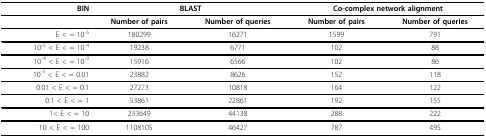
| BIN | <COLSPAN=2> BLAST | <COLSPAN=2> Co-complex network alignment |
 | --- | --- | --- | --- | --- |
 |  | Number of pairs | Number of queries | Number of pairs | Number of queries |
 | E < = 10-5 | 180299 | 16271 | 1599 | 791 |
 | 10-5 < E < = 10-4 | 19238 | 6771 | 102 | 88 |
 | 10-4 < E < = 10-3 | 15916 | 6566 | 102 | 86 |
 | 10-3 < E < = 0.01 | 23882 | 8626 | 152 | 118 |
 | 0.01 < E < = 0.1 | 27273 | 10818 | 164 | 122 |
 | 0.1 < E < = 1 | 53861 | 22861 | 192 | 155 |
 | 1< E < = 10 | 233649 | 44138 | 288 | 222 |
 | 10 < E < = 100 | 1108105 | 46427 | 787 | 495 |